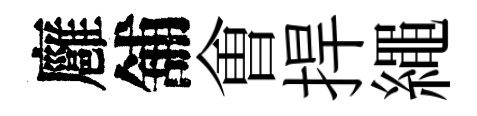
廱舖㑹捍繩